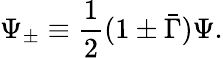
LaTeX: \Psi_{\pm}\equiv\frac{1}{2}(1\pm\bar{\Gamma})\Psi.